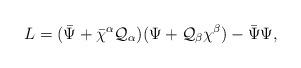
LaTeX: \begin{align*}L=({\bar \Psi}+{\bar \chi}{}^\alpha {\cal Q}_\alpha)(\Psi+{\cal Q}_\beta\chi^\beta)-{\bar \Psi}\Psi,\end{align*}